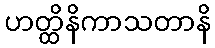
ဟတ္ထိနိကာသတာနိ